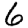
Digit: 6